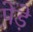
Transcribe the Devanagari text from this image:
पेड़े